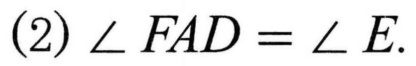
\((2)\ \angle FAD = \angle E.\)